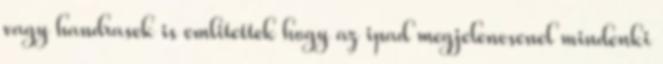
vagy handrasek is emlitettek hogy az ipad megjelenesenel mindenki